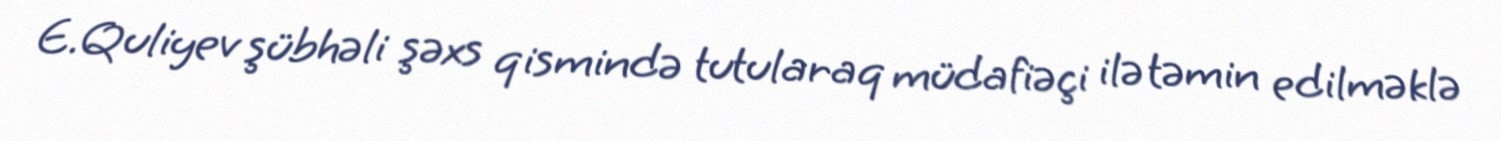
E.Quliyev şübhəli şəxs qismində tutularaq müdafiəçi ilə təmin edilməklə